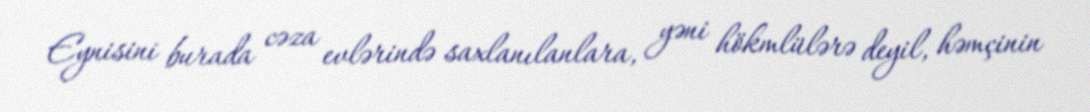
Eynisini burada cəza evlərində saxlanılanlara, yəni hökmlülərə deyil, həmçinin